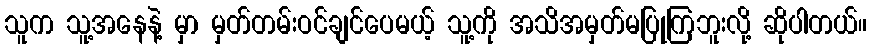
သူက သူ့အနေနဲ့ မှာ မှတ်တမ်းဝင်ချင်ပေမယ့် သူ့ကို အသိအမှတ်မပြုကြဘူးလို့ ဆိုပါတယ်။